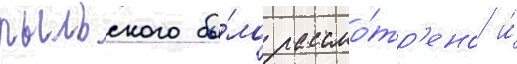
рыльского бы́ло рассмо́тр'ено и́